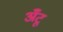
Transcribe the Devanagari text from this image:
अँटू